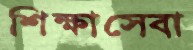
শিক্ষাসেবা